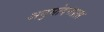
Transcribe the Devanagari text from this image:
अनुमोदनप्राप्त